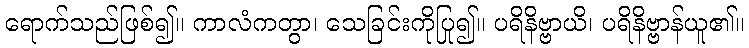
ရောက်သည်ဖြစ်၍။ ကာလံကတွာ၊ သေခြင်းကိုပြု၍။ ပရိနိဗ္ဗာယိ၊ ပရိနိဗ္ဗာန်ယူ၏။